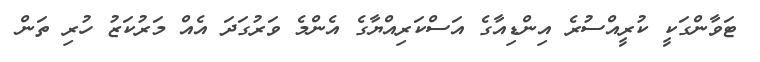
ޓަވާންގަކީ ކުރީއްސުރެ އިންޑިއާގެ އަސްކަރިއްޔާގެ އެންމެ ވަރުގަދަ އެއް މަރުކަޒު ހުރި ތަން